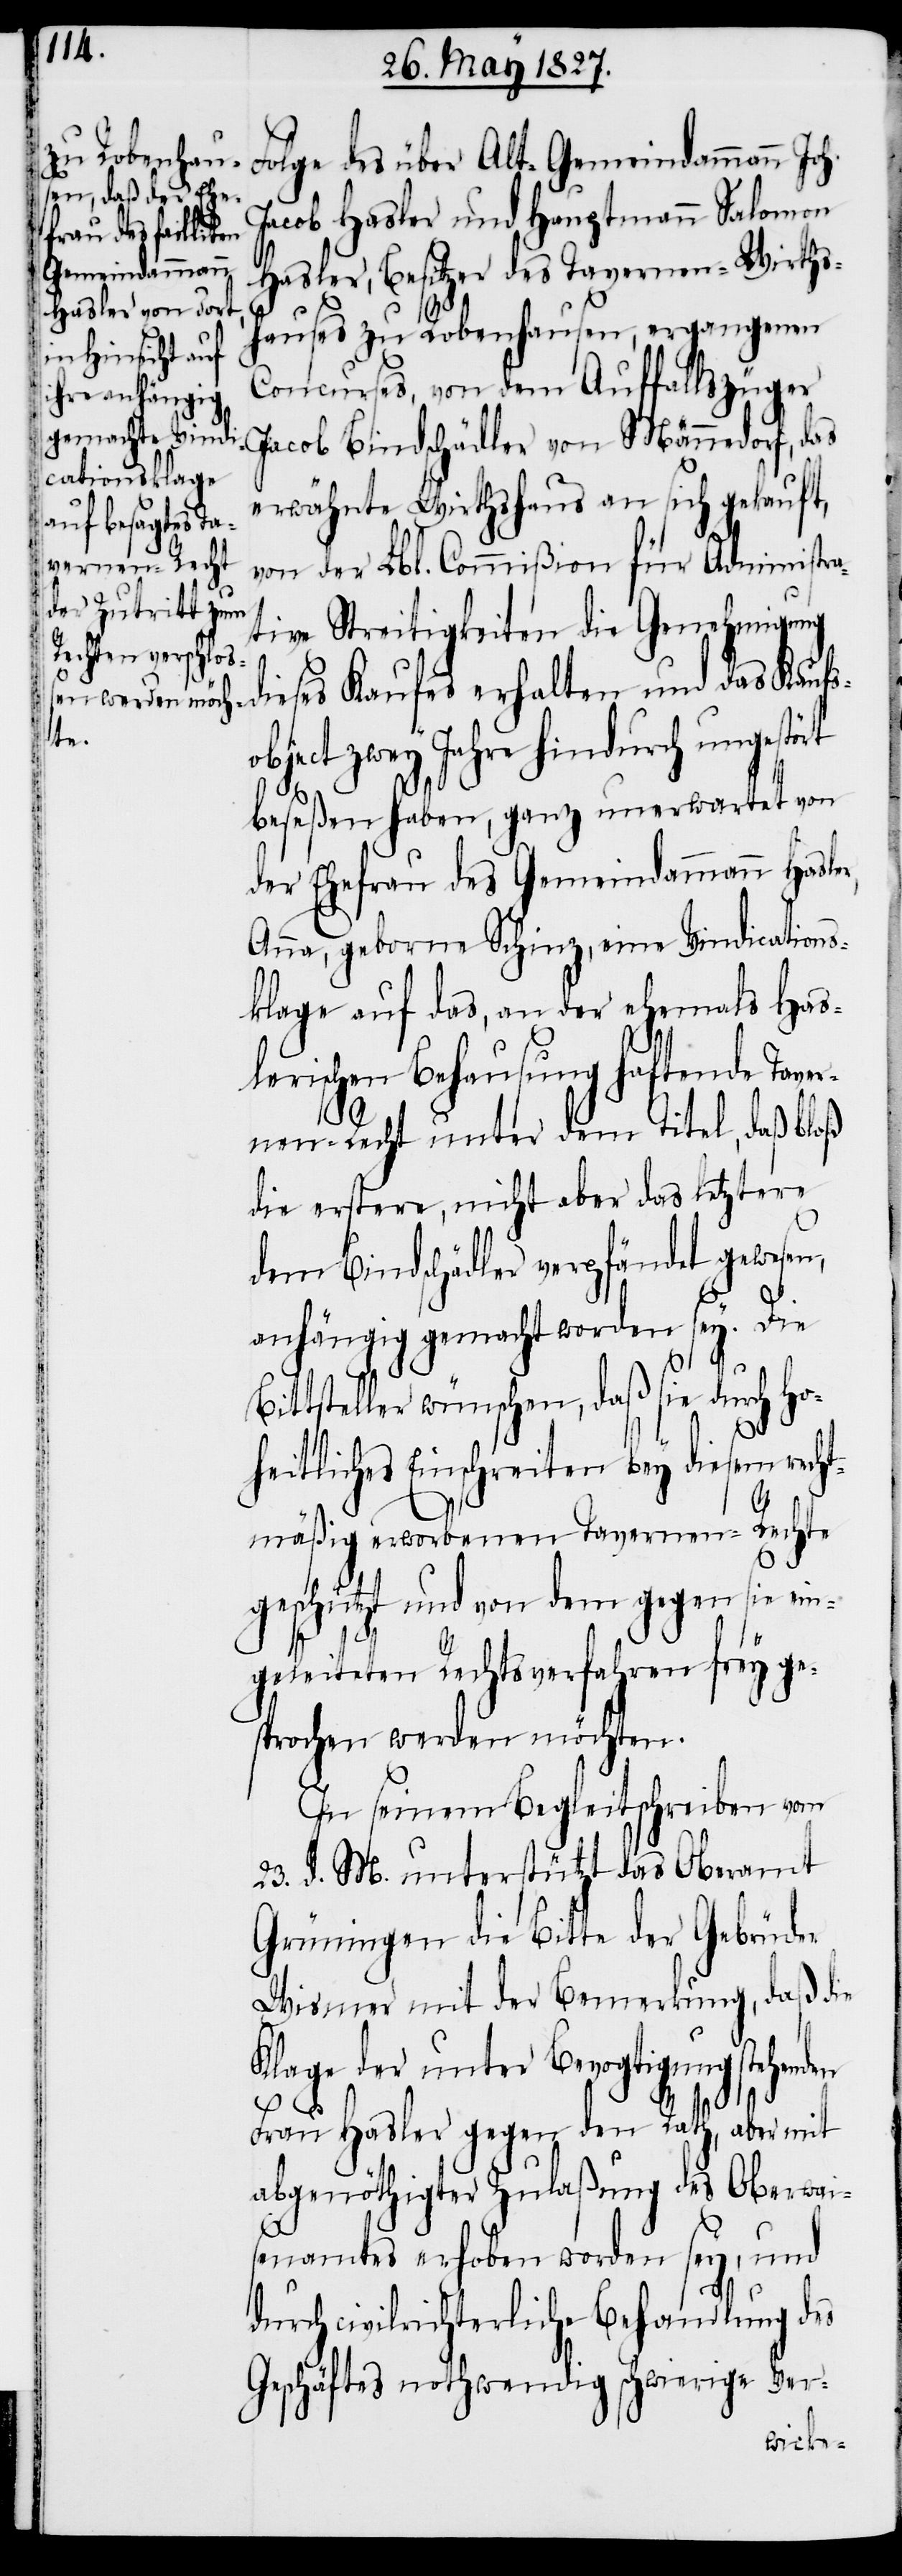
Folge des über Alt-Gemeindammann Joh.
Jacob Hasler und Hauptmann Salomon
und das Kaufs¬
Hasler, Besitzer des Tavernen-Wirths¬
hauses zu Robenhausen, ergangenen
Concurses, von dem Auffallszüger
Jacob Bindschädler von Männedorf, das
erwähnte Wirthshaus an sich gekauft,
von der Lbl. Commißion für Administr¬
ative Streitigkeiten die Genehmigung
object zwey Jahre hindurch ungestört
beseßen haben, ganz unerwartet von
der Ehefrau des Gemeindammann Hasle¬
Anna, geborne Schinz, eine Vindications¬
klage auf das, an der ehemals Hal¬
serischen Behausung haftende Tave¬
rnen-Recht unter dem Titel, daß bloß
die erstere, nicht aber das letztere
dem Bindschädler verpfändet gewesen,
anhängig gemacht worden sey. Die
Bittsteller wünschen, daß sie durch Ho¬
r,
heitliches Einschreiten bey diesem recht¬
mäßig erworbenen Tavernen-Rechte
geschützt und von dem gegen sie ein¬
geleiteten Rechtsverfahren frey ge¬
sprochen werden möchten.
In seinem Begleitschreiben vom
23. d. M. unterstützt das Oberamt
Grüningen die Bitte der Gebrüder
Wismer mit der Bemerkung, daß die
Klage der unter Bevogtigung
Frau Hasler gegen den Rath, aber mit
abgenöthigter Zulaßung des Oberwai¬
senamtes erhoben worden sey, und
durch civilrechtliche Behandlung des
Geschäftes nothwendig schwierige Ver-